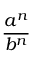
\frac { a ^ { n } } { b ^ { n } }